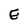
Character: E